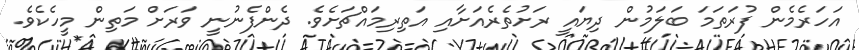
އަހަރެމެން ފުރަތަމަ ބަލަމުން ދިޔައީ ރަށުތެރެއަށާއި އަތިރިމައްޗަށެވެ. ދެންފެނުނީ ވަރަށް މަތިން މީހެކެވެ.